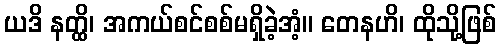
ယဒိ နတ္ထိ၊ အကယ်စင်စစ်မရှိခဲ့အံ့။ တေနဟိ၊ ထိုသို့ဖြစ်